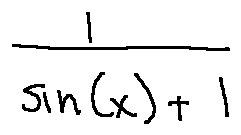
\frac { 1 } { \sin ( x ) + 1 }